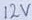
Text: 12V